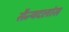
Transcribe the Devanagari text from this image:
सैन्यदलांस